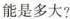
能是多大?